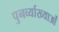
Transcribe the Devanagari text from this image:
पुनर्व्याख्याओं